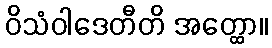
ဝိသံဝါဒေတီတိ အတ္ထော။